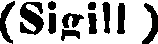
(Sigill )